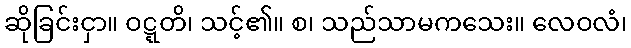
ဆိုခြင်းငှာ။ ဝဋ္ဋတိ၊ သင့်၏။ စ၊ သည်သာမကသေး။ လေဝလံ၊